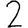
Digit: 2